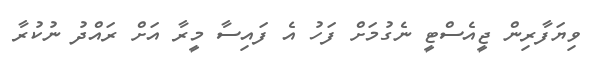
ވިޔަފާރިން ޖީއެސްޓީ ނެގުމަށް ފަހު އެ ފައިސާ މީރާ އަށް ރައްދު ނުކުރާ